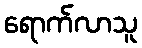
ရောက်လာသူ